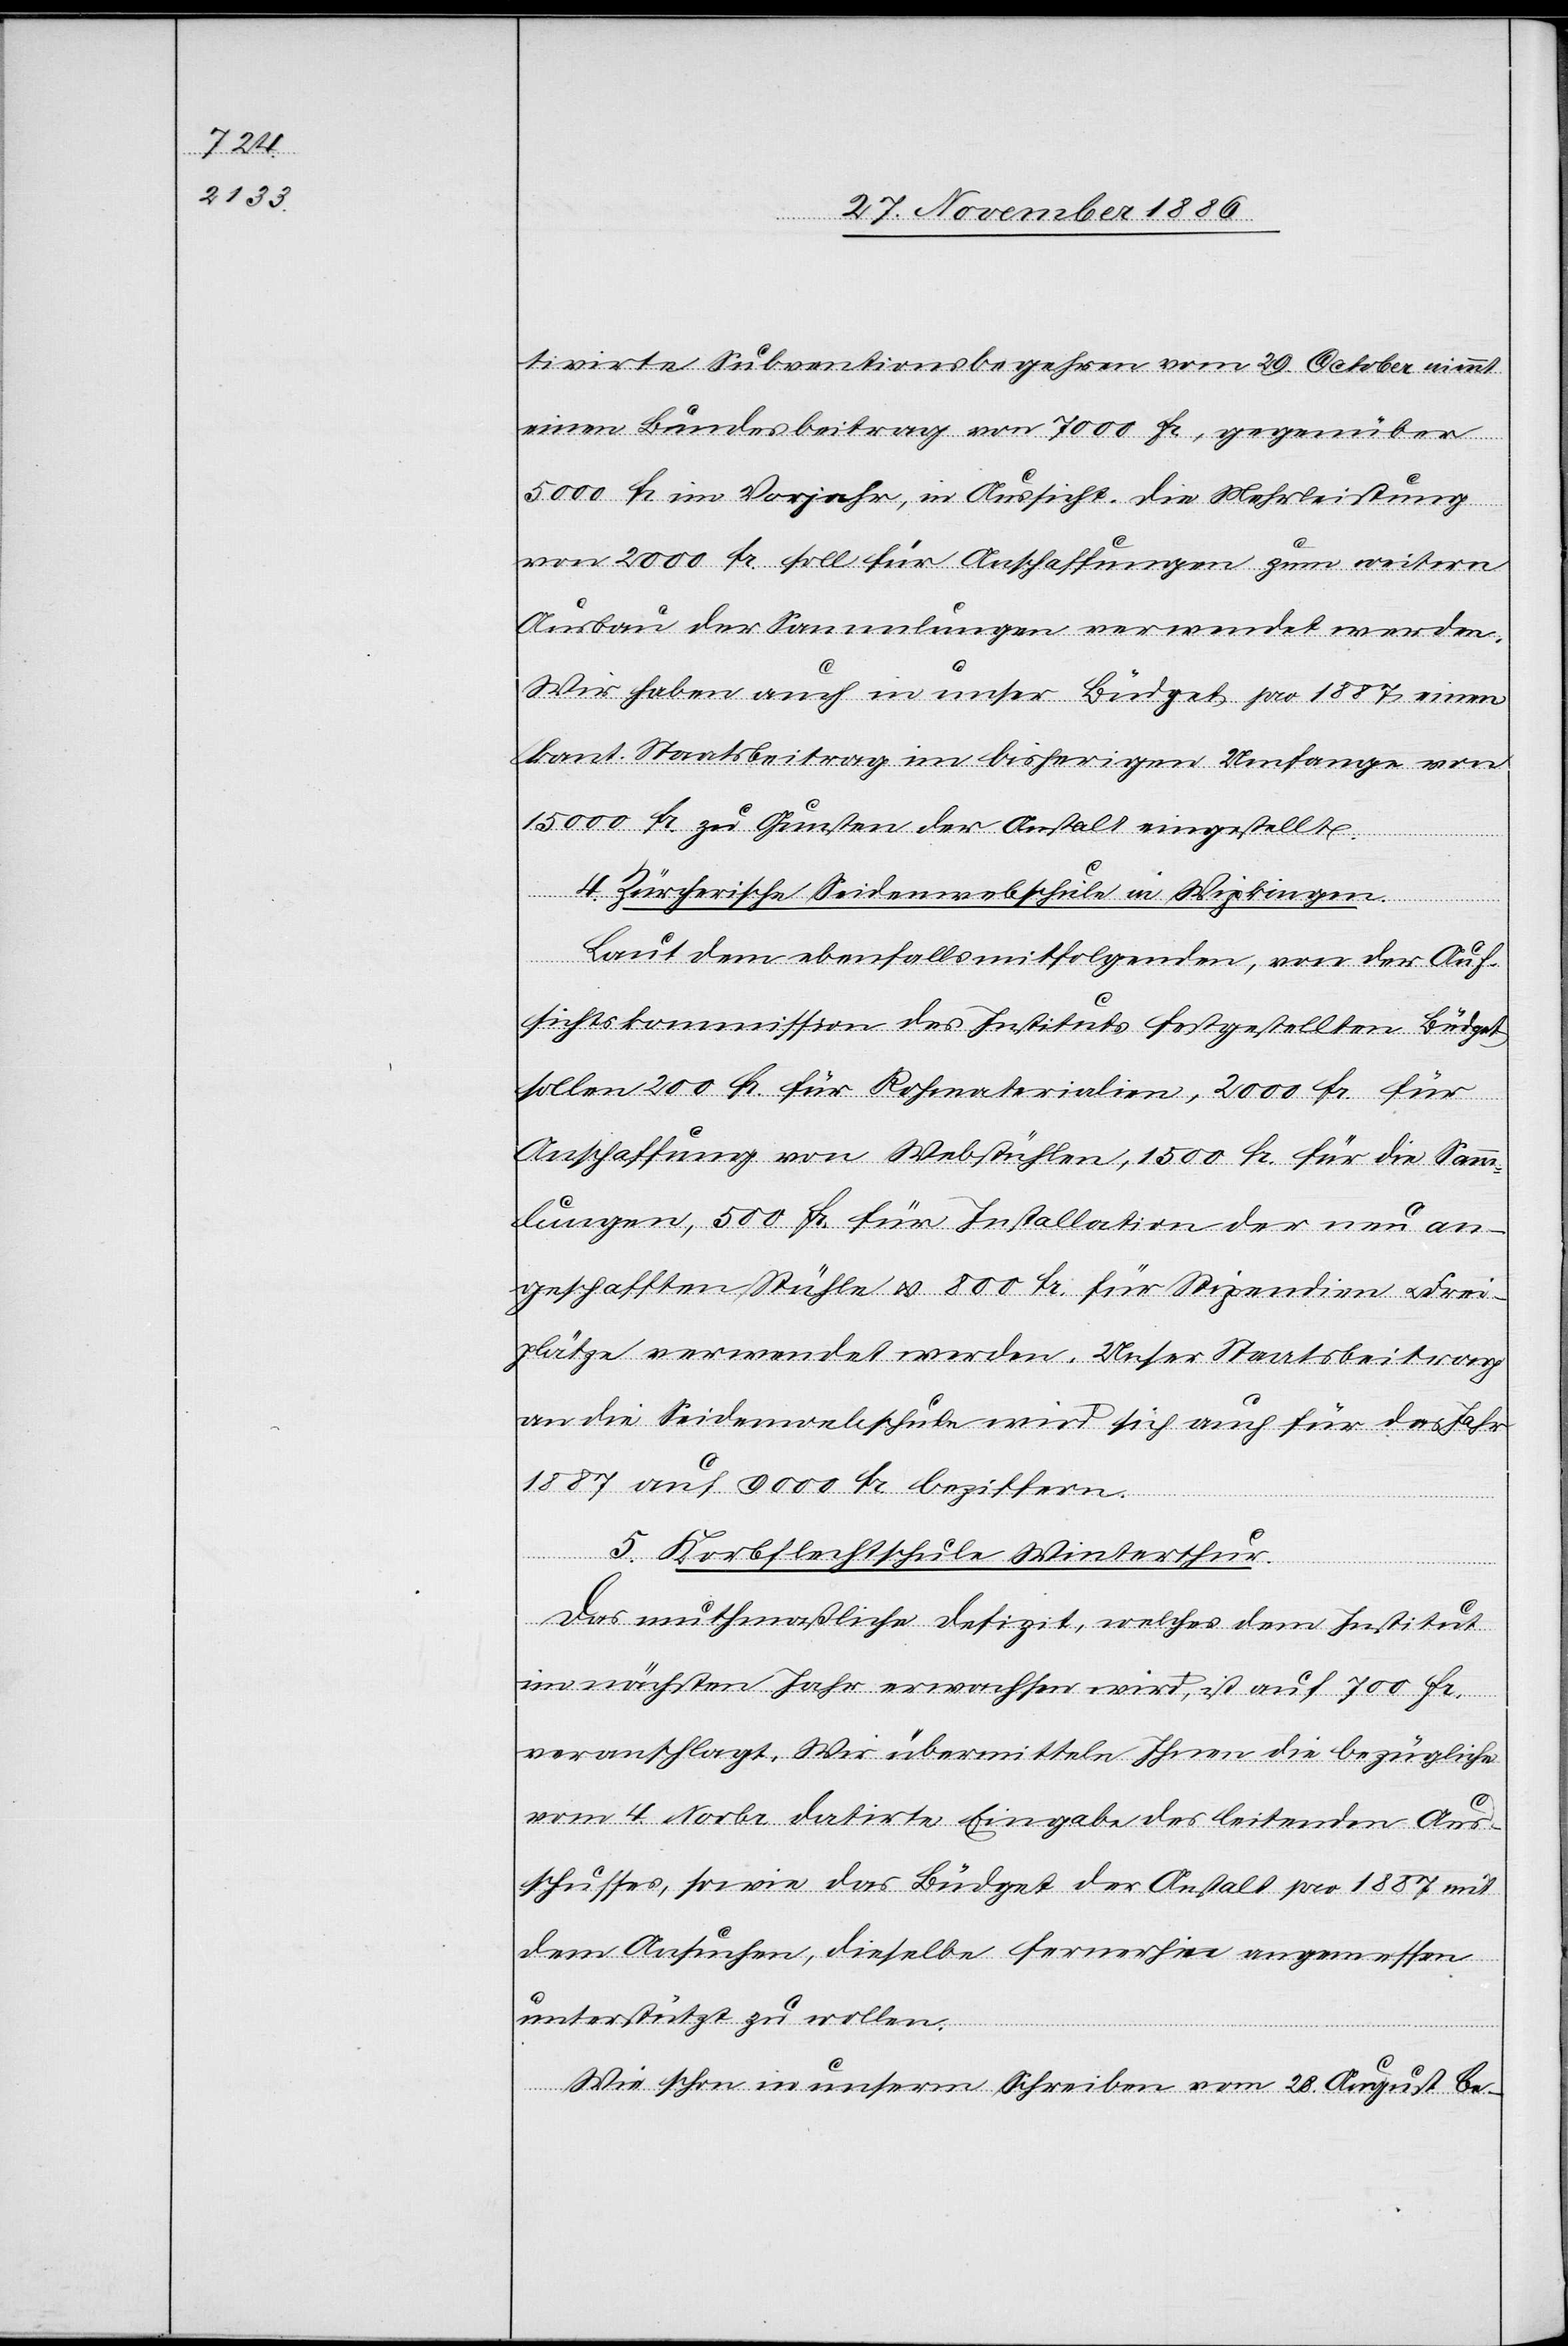
tivirte Subventionsbegehren vom 29. October nimmt
einen Bundesbeitrag von 7000 Fr., gegenüber
5000 Fr. im Vorjahr, in Aussicht. Die Mehrleistung
von 2000 Fr. soll für Anschaffungen zum weitern
Ausbau der Sammlungen verwendet werden.
Wir haben auch in unser Büdget pro 1887 einen
kant. Staatsbeitrag im bisherigen Umfange von
15 000 Fr. zu Gunsten der Anstalt eingestellt.
4. Zürcherische Seidenwebschule in Wipkingen.
Laut dem ebenfalls mitfolgenden, von der Auf¬
sichtskommission des Instituts festgestellten Büdget
sollen 200 Fr. für Rohmaterialien, 2000 Fr. für
Anschaffung von Webstühlen, 1500 Fr. für die Samm¬
lungen, 500 Fr. für Installation der neu an¬
geschafften Stühle & 800 Fr. für Stipendien & Frei¬
plätze verwendet werden. Unser Staatsbeitrag
an die Seidenwebschule wird sich auch für das Jahr
1887 auf 9000 Fr. beziffern.
5. Korbflechtschule Winterthur.
Das muthmaßliche Defizit, welches dem Institut
im nächsten Jahr erwachsen wird, ist auf 700 Fr.
veranschlagt. Wir übermitteln Ihnen die bezügliche
vom 4. Novbr. datirte Eingabe des leitenden Aus¬
schusses, sowie das Büdget der Anstalt pro 1887 mit
dem Ansuchen, dieselbe fernerhin angemessen
Wie schon in unserm Schreiben vom 28. August be-